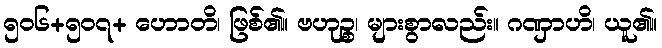
၅၀၆+၅၀၇+ ဟောတိ၊ ဖြစ်၏။ ဗဟုဉ္စ၊ များစွာလည်း။ ဂဏှာဟိ၊ ယူ၏။